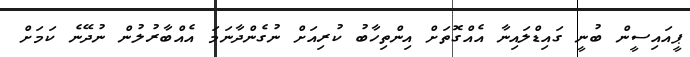
ޕީއައިސީން ބުނީ ގައިޑްލައިނާ އެއްގޮތަށް އިންތިހާބު ކުރިއަށް ނުގެންދާނަމަ އެއްބާރުލުން ނުދޭނެ ކަމަށް